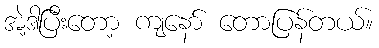
အဲ့ဒါပြီးတော့ ကျနော် တောပြန်တယ်။